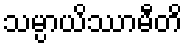
သမ္ပာယိဿာမီတိ